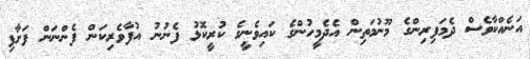
އަނެއްކާވެސް ދެމަފިރިންގެ މޫނުމަތިން އެދެމީހުންގެ ކައިވެނީގެ ކުރީކޮޅު ފެނުނު އުފާވެރިކަން ފެންނަން ފަށާފި